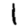
Digit: 1